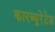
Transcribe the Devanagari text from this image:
कारब्युरेटेड